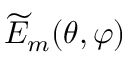
\widetilde { E } _ { m } ( \theta , \varphi )